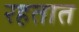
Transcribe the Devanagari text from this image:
रहतात